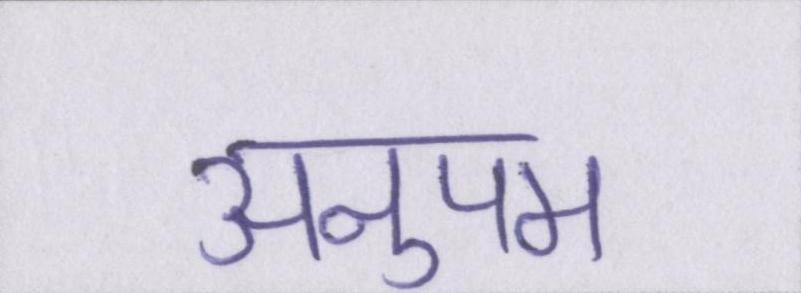
अनुपम